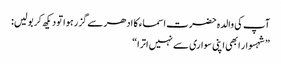
آپ کی والدہ حضرت اسماء کا ادھر سے گزر ہوا تو دیکھ کر بولیں:
”شہسوار ابھی اپنی سواری سے نہیں اترا“